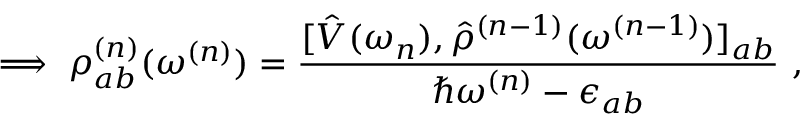
\implies \rho _ { a b } ^ { ( n ) } ( \omega ^ { ( n ) } ) = \frac { [ \hat { V } ( \omega _ { n } ) , \hat { \rho } ^ { ( n - 1 ) } ( \omega ^ { ( n - 1 ) } ) ] _ { a b } } { \hslash \omega ^ { ( n ) } - \epsilon _ { a b } } \mathrm { ~ , ~ }